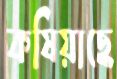
কষিয়াছে